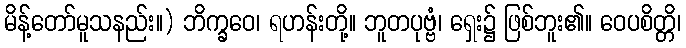
မိန့်တော်မူသနည်း။) ဘိက္ခဝေ၊ ရဟန်းတို့။ ဘူတပုဗ္ဗံ၊ ရှေး၌ ဖြစ်ဘူး၏။ ဝေပစိတ္တိ၊